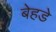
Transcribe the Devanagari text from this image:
बेहडे